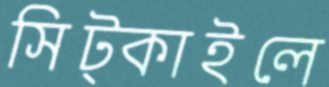
সিট্‌কাইলে